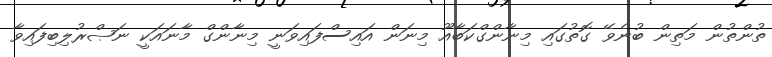
ތުންތުން މަތިން ބުނެވޭ ގޮތުގައި މިނާންގްކަބާއޫ މިނަން އައިސްފައިވަނީ މިނާންގް މާނައަކީ ނަޞްރުލިބިފައިވާ